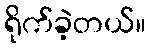
ရိုက်ခဲ့တယ်။